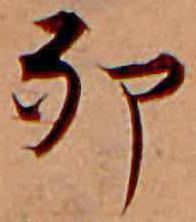
卯